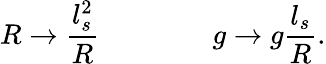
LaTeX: R\rightarrow{\frac{l_{s}^{2}}{R}}\qquad\qquad g\rightarrow g{\frac{l_{s}}{R}}.